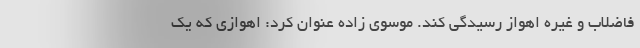
فاضلاب و غیره اهواز رسیدگی کند. موسوی زاده عنوان کرد: اهوازی که یک